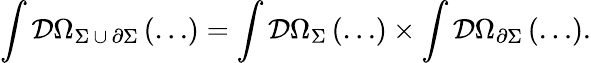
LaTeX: \int{\cal D}\Omega_{\Sigma\, \cup\, \partial\Sigma}\left(\dots\right)=\int{\cal D}\Omega_{\Sigma}\left(\dots\right)\times\int{\cal D}\Omega_{\partial\Sigma}\left(\dots\right).